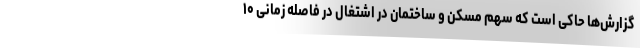
گزارش‌ها حاکی است که سهم مسکن و ساختمان در اشتغال در فاصله زمانی ۱۰